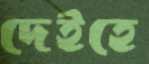
দেইহে